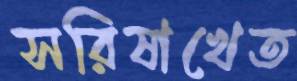
সরিষাখেত